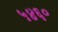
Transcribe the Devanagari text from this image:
५४६०